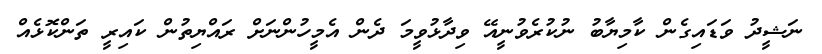
ނަޝީދު ވަޑައިގެން ކާމިޔާބު ނުކުރެވުނީއޭ ވިދާޅުވީމަ ދެން އެމީހުންނަށް ރައްޔިތުން ކައިރީ ތަންކޮޅެއް